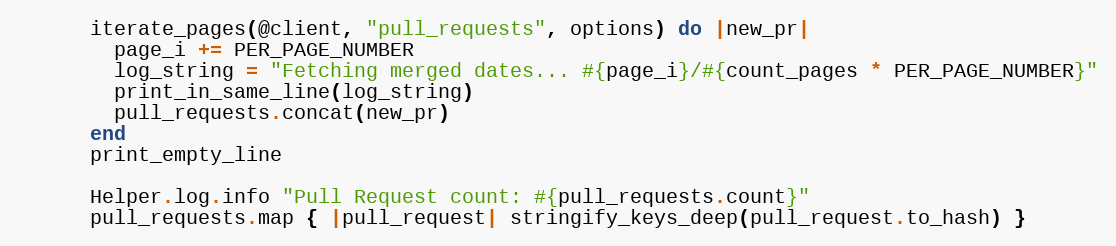
Language: Ruby
      iterate_pages(@client, "pull_requests", options) do |new_pr|
        page_i += PER_PAGE_NUMBER
        log_string = "Fetching merged dates... #{page_i}/#{count_pages * PER_PAGE_NUMBER}"
        print_in_same_line(log_string)
        pull_requests.concat(new_pr)
      end
      print_empty_line

      Helper.log.info "Pull Request count: #{pull_requests.count}"
      pull_requests.map { |pull_request| stringify_keys_deep(pull_request.to_hash) }